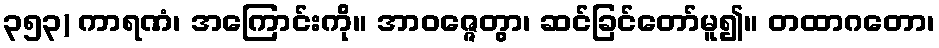
၃၅၃) ကာရဏံ၊ အကြောင်းကို။ အာဝဇ္ဇေတွာ၊ ဆင်ခြင်တော်မူ၍။ တထာဂတော၊